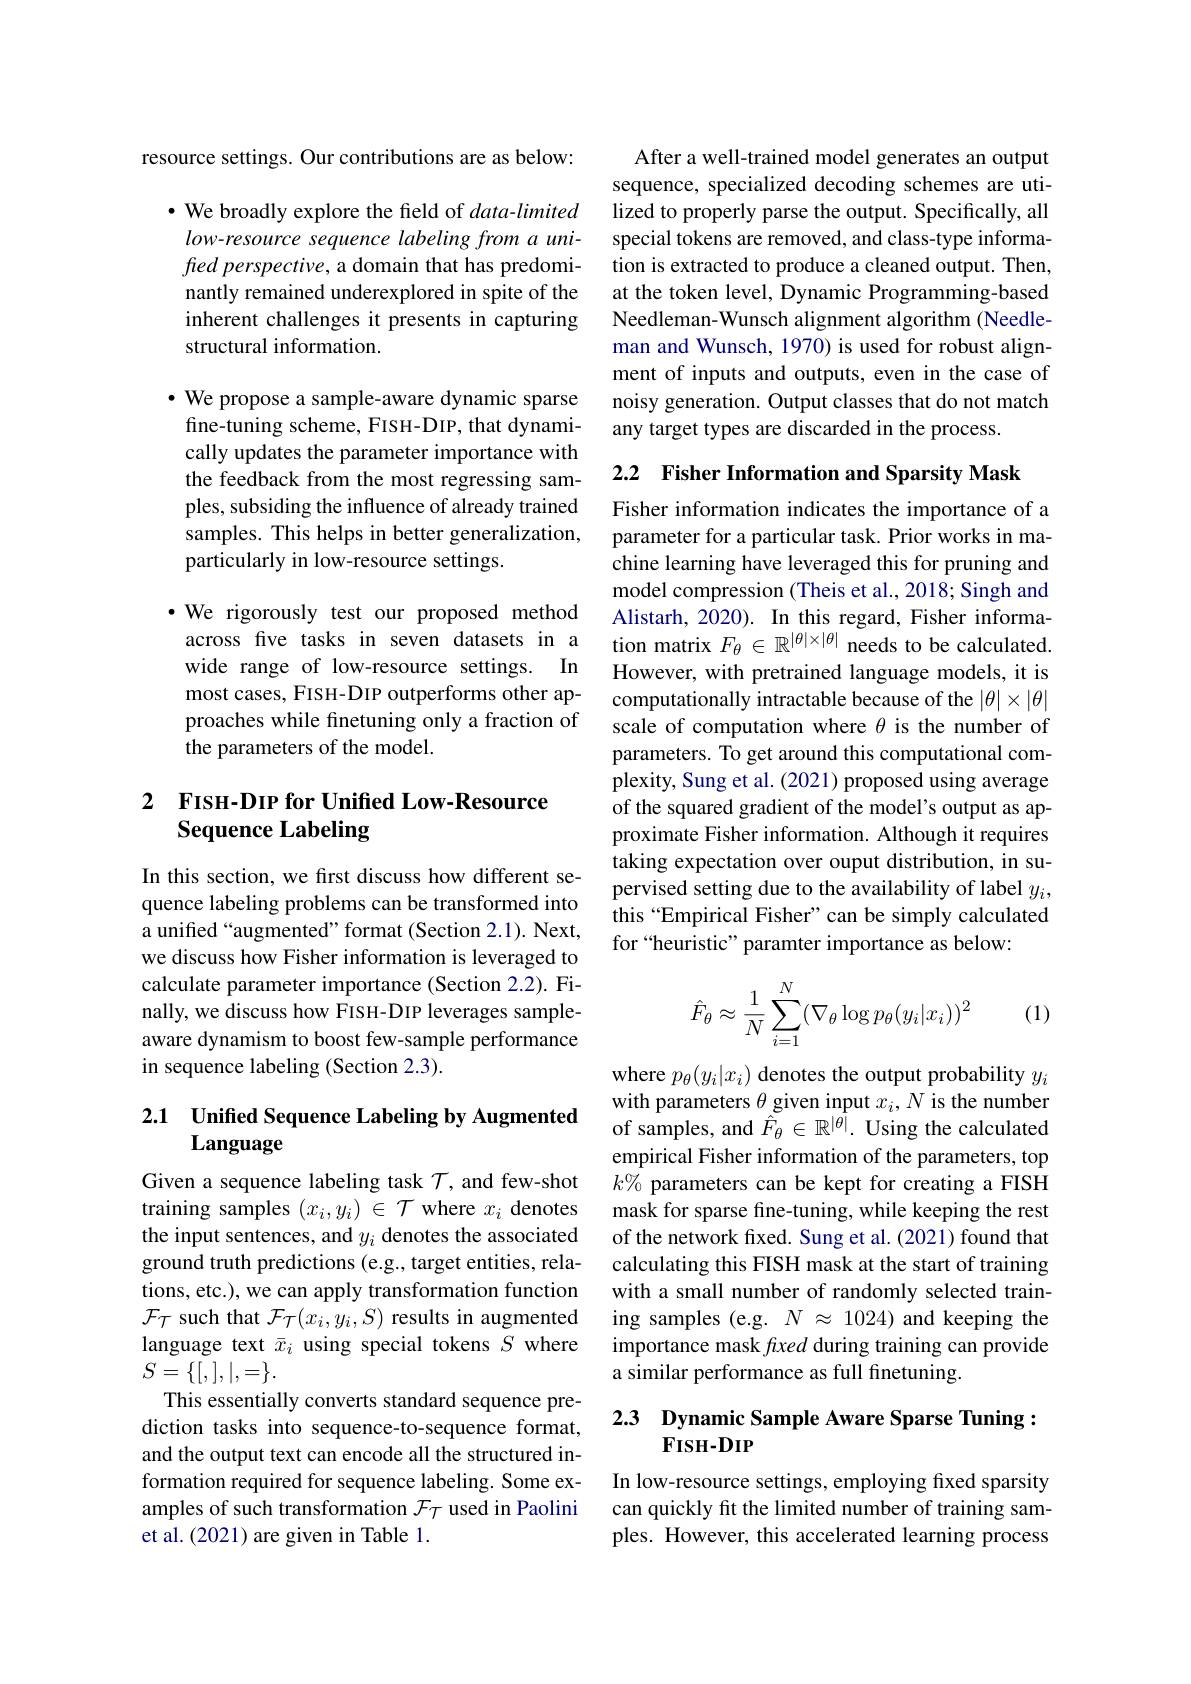
resource settings. Our contributions are as below:

$\cdot$ We broadly explore the field of $data-limited$ low-resource sequence labeling from a unifred perspective, a domain that has predominantly remained underexplored in spite of the inherent challenges it presents in capturing structural information.

$\cdot$ We propose a sample-aware dynamic sparse fine-tuning scheme, FISH-DIP, that dynamically updates the parameter importance with the feedback from the most regressing samples, subsiding the influence of already trained samples. This helps in better generalization, particularly in low-resource settings.

$\bullet$ We rigorously test our proposed method across five tasks in seven datasets in a wide range of low-resource settings. In most cases, FISH-DIP outperforms other approaches while finetuning only a fraction of the parameters of the model.

## 2 FISH-DIP for Unified Low-Resource Sequence Labeling

In this section, we first discuss how different sequence labeling problems can be transformed into a unified “augmented” format (Section 2.1). Next, we discuss how Fisher information is leveraged to calculate parameter importance (Section 2.2). Finally, we discuss how FISH-DIP leverages sampleaware dynamism to boost few-sample performance in sequence labeling (Section 2.3).

## 2.1 $\textbf{Unified Sequence Labeling by Augmented}$ Language

Given a sequence labeling task $\mathcal{T}$, and few-shot training samples $(x_i,y_i)\in\mathcal{T}$ where $x_i$ denotes the input sentences, and $y_i$ denotes the associated ground truth predictions (e.g., target entities, relations, etc.), we can apply transformation function $\mathcal{F}_{\mathcal T}$ such that $\mathcal{F}_\mathcal{T}(x_i,y_i,S)$ results in augmented language text $\bar{x}_i$ using special tokens $S$ where $S=\{[,],|,=\}.$
This essentially converts standard sequence prediction tasks into sequence-to-sequence format, and the output text can encode all the structured information required for sequence labeling. Some examples of such transformation $\mathcal{F}_\mathrm{\tau}$ used in Paolini et al.(2021) are given in Table 1.

After a well-trained model generates an output sequence, specialized decoding schemes are utilized to properly parse the output. Specifically, all special tokens are removed, and class-type information is extracted to produce a cleaned output. Then, at the token level, Dynamic Programming-based Needleman-Wunsch alignment algorithm (Needleman and Wunsch, 1970) is used for robust alignment of inputs and outputs, even in the case of noisy generation. Output classes that do not match any target types are discarded in the process.

2.2 Fisher Information and Sparsity Mask

Fisher information indicates the importance of a parameter for a particular task. Prior works in machine learning have leveraged this for pruning and model compression (Theis et al., 2018; Singh and Alistarh, 2020). In this regard, Fisher information matrix $F_\theta\in\mathbb{R}^{|\theta|\times|\theta|}$ needs to be calculated. However, with pretrained language models, it is computationally intractable because of the $|\theta|\times|\theta|$ scale of computation where $\theta$ is the number of parameters. To get around this computational complexity, Sung et al. (2021) proposed using average of the squared gradient of the model's output as approximate Fisher information. Although it requires taking expectation over ouput distribution, in supervised setting due to the availability of label $y_i$, this “Empirical Fisher”can be simply calculated for “heuristic” paramter importance as below:

(1)
$$\hat{F}_\theta\approx\dfrac{1}{N}\sum_{i=1}^N(\nabla_\theta\log p_\theta(y_i|x_i))^2$$
where $p_\theta(y_i|x_i)$ denotes the output probability $y_i$ with parameters $\theta\underset{\mathrm{~}}{\operatorname*{\text{given input }}}x_{i},N$ is the number of samples, and $\tilde{\hat{F}}_\theta\in\mathbb{R}^{|\hat{\theta}|}.$ Using the calculated empirical Fisher information of the parameters, top $k\%$ parameters can be kept for creating a FISH mask for sparse fine-tuning, while keeping the rest of the network fixed. Sung et al. (2021) found that calculating this FISH mask at the start of training with a small number of randomly selected training samples (e.g. $N\approx1024)$ and keeping the importance mask fixed during training can provide a similar performance as full finetuning.

## 2.3 Dynamic Sample Aware Sparse Tuning: $\mathbf{FISH-DIP}$

In low-resource settings, employing fixed sparsity can quickly ft the limited number of training samples. However, this accelerated learning process